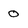
Character: O